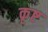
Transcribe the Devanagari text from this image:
कृष्ट